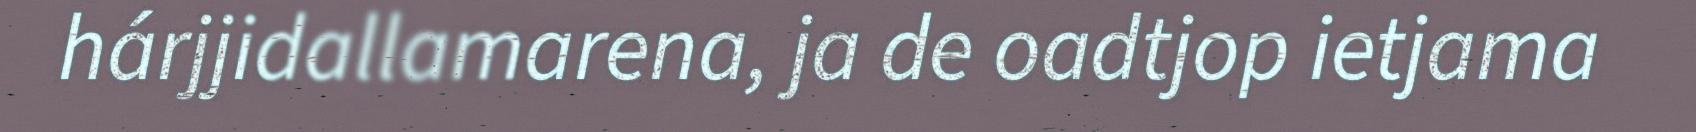
hárjjidallamarena, ja de oadtjop ietjama